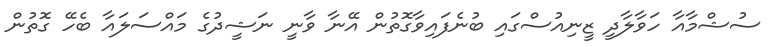
ސުޝްމާއާ ހަވާލާދީ ޒީނިއުސްގައި ބުނެފައިވާގޮތުން އޭނާ ވާނީ ނަޝީދުގެ މައްސަލައާ ބެހޭ ގޮތުން